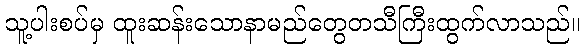
သူ့ပါးစပ်မှ ထူးဆန်းသောနာမည်တွေတသီကြီးထွက်လာသည်။